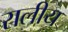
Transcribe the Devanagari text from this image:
रालीय